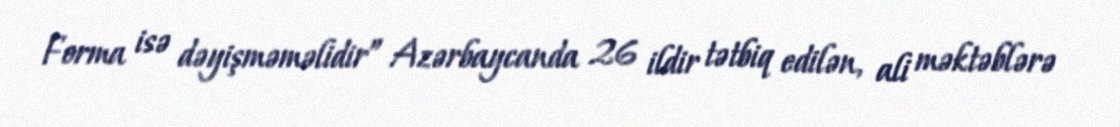
Forma isə dəyişməməlidir” Azərbaycanda 26 ildir tətbiq edilən, ali məktəblərə